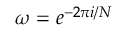
\omega = e ^ { - 2 \pi i / N }